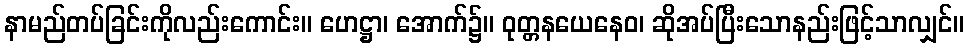
နာမည်တပ်ခြင်းကိုလည်းကောင်း။ ဟေဋ္ဌာ၊ အောက်၌။ ဝုတ္တနယေနေဝ၊ ဆိုအပ်ပြီးသောနည်းဖြင့်သာလျှင်။